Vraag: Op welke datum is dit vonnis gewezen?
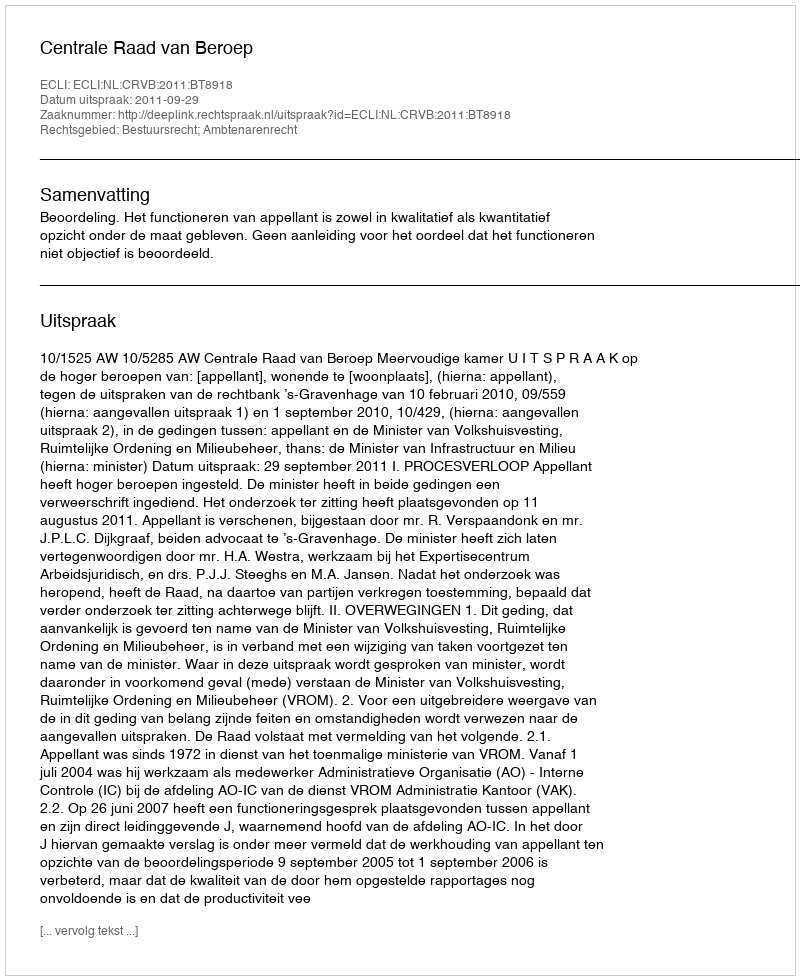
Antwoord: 2011-09-29